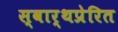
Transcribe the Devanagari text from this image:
स्वार्थप्रेरित